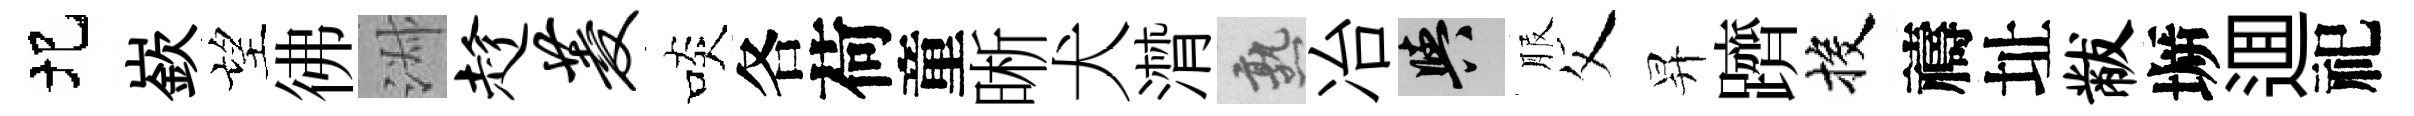
圯嶔望彿淑趁菱啖各荷童晰犬潸熟冶阳服父昇躋投禱址黻󶱲逥祀